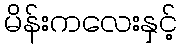
မိန်းကလေးနှင့်